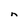
Character: n